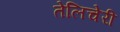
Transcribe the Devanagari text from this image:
तेलिचेरी